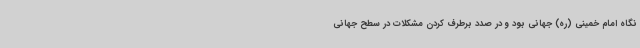
نگاه امام خمینی (ره) جهانی بود و در صدد برطرف کردن مشکلات در سطح جهانی